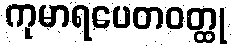
ကုမာရပေတဝတ္ထု